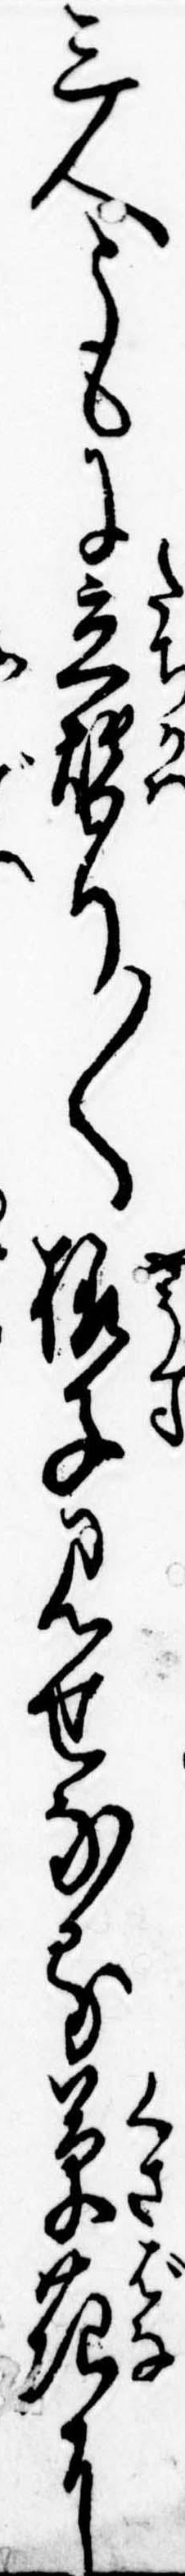
三人ともに立替り〱様子見せなる草花に